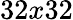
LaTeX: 32x32